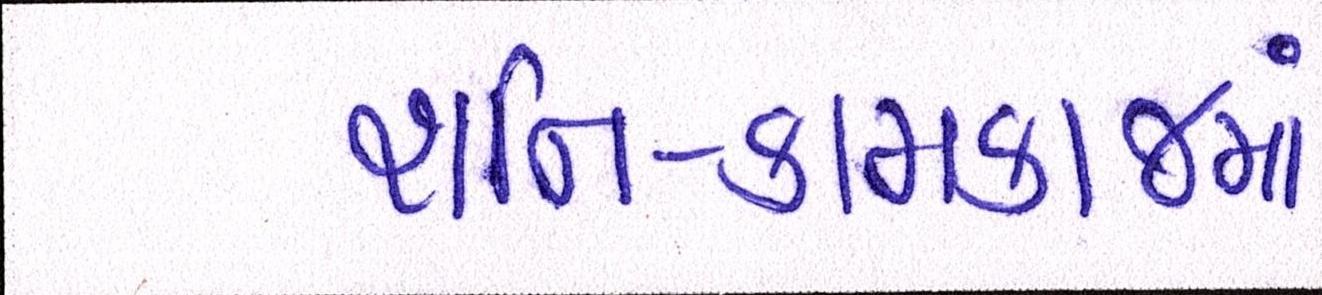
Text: શનિ-કામકાજમાં